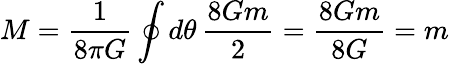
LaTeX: M={\frac{1}{8\pi G}}\oint d\theta\, {\frac{8Gm}{2}}={\frac{8Gm}{8G}}=m